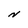
Character: N